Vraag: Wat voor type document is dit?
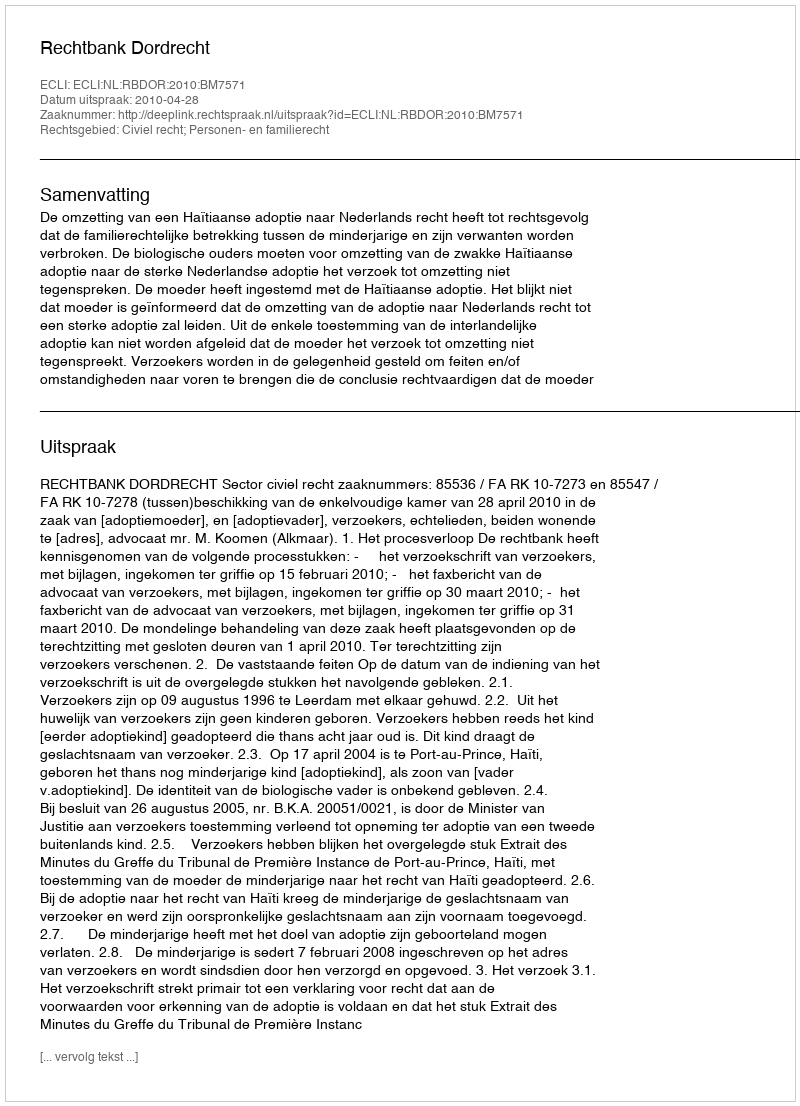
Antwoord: Uitspraak